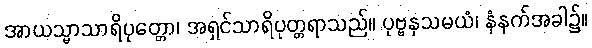
အာယသ္မာသာရိပုတ္တော၊ အရှင်သာရိပုတ္တရာသည်။ ပုဗ္ဗနှသမယံ၊ နံနက်အခါ၌။